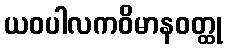
ယဝပါလကဝိမာနဝတ္ထု